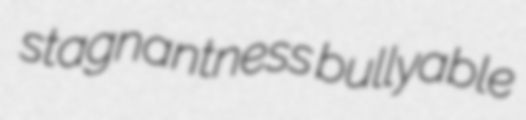
stagnantness bullyable